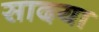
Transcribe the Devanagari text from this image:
सादया